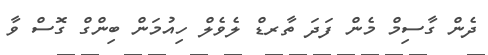
ދެން ގާސިމް މެން ފަދަ ތާރޑް ލެވެލް ހިއުމަން ބިންގް ގޮސް ވާ